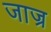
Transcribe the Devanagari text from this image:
जाज्र